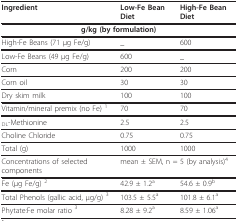
<table><thead><tr><td><b>Ingredient</b></td><td><b>Low-Fe Bean Diet</b></td><td><b>High-Fe Bean Diet</b></td></tr></thead><tbody><tr><td colspan="3"><b>g/kg (by formulation)</b></td></tr><tr><td>High-Fe Beans (71 μg Fe/g)</td><td>_</td><td>600</td></tr><tr><td>Low-Fe Beans (49 μg Fe/g)</td><td>600</td><td>_</td></tr><tr><td>Corn</td><td>200</td><td>200</td></tr><tr><td>Corn oil</td><td>30</td><td>30</td></tr><tr><td>Dry skim milk</td><td>100</td><td>100</td></tr><tr><td>Vitamin/mineral premix (no Fe) <sup>1</sup></td><td>70</td><td>70</td></tr><tr><td><sub>DL</sub>-Methionine</td><td>2.5</td><td>2.5</td></tr><tr><td>Choline Chloride</td><td>0.75</td><td>0.75</td></tr><tr><td>Total (g)</td><td>1000</td><td>1000</td></tr><tr><td>Concentrations of selected components</td><td colspan="2">mean ± SEM, n = 5 (by analysis)<sup>4</sup></td></tr><tr><td>Fe (μg Fe/g) <sup>2</sup></td><td>42.9 ± 1.2<sup>a</sup></td><td>54.6 ± 0.9<sup>b</sup></td></tr><tr><td>Total Phenols (gallic acid, μg/g) <sup>3</sup></td><td>103.5 ± 5.5<sup>a</sup></td><td>101.8 ± 6.1<sup>a</sup></td></tr><tr><td>Phytate:Fe molar ratio <sup>3</sup></td><td>8.28 ± 9.2<sup>a</sup></td><td>8.59 ± 1.06<sup>a</sup></td></tr></tbody></table>